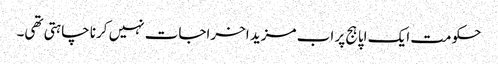
حکومت ایک اپاہج پر اب مزید اخراجات نہیں کرنا چاہتی تھی۔